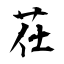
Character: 茌